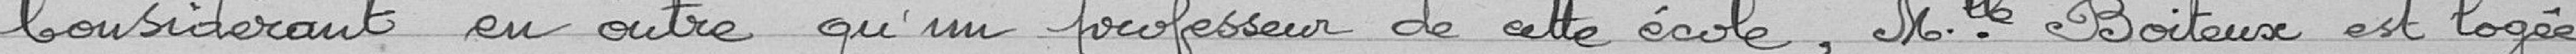
Considérant en outre qu'un professeur de cette école, Mademoiselle Boiteux est logée